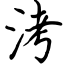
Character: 洘